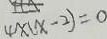
4 \times ( x - 2 ) = 0